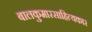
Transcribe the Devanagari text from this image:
बालकुमारसाहित्यकार